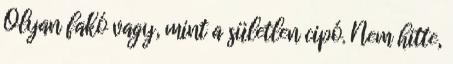
Olyan fakó vagy, mint a sületlen cipó. Nem hitte,